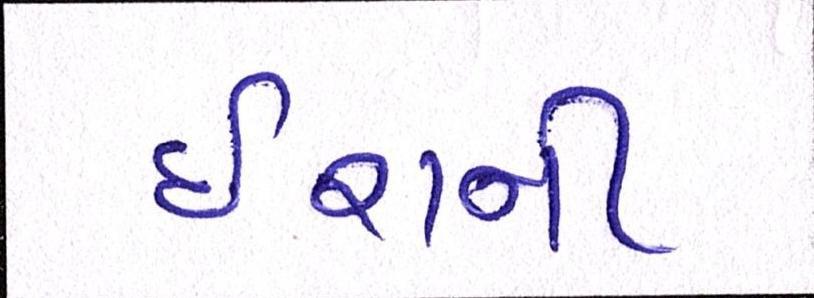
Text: ઈરાની